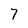
Character: 7